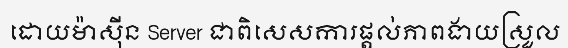
ដោយម៉ាស៊ីន Server ជាពិសេសការផ្តល់ភាពងាយស្រួល